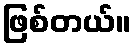
ဖြစ်တယ်။